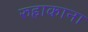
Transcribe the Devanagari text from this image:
रुहाकाना